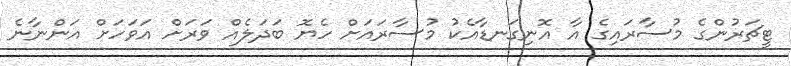
ޓީޗަރުންގެ މުސާރައިގެ އާ އޮނިގަނޑާއެކު މުސާރައަށް ހެޔޮ ބަދަލެއް ވަރަށް އަވަހަށް އަންނާނެ